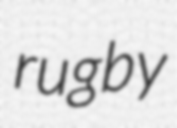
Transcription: rugby